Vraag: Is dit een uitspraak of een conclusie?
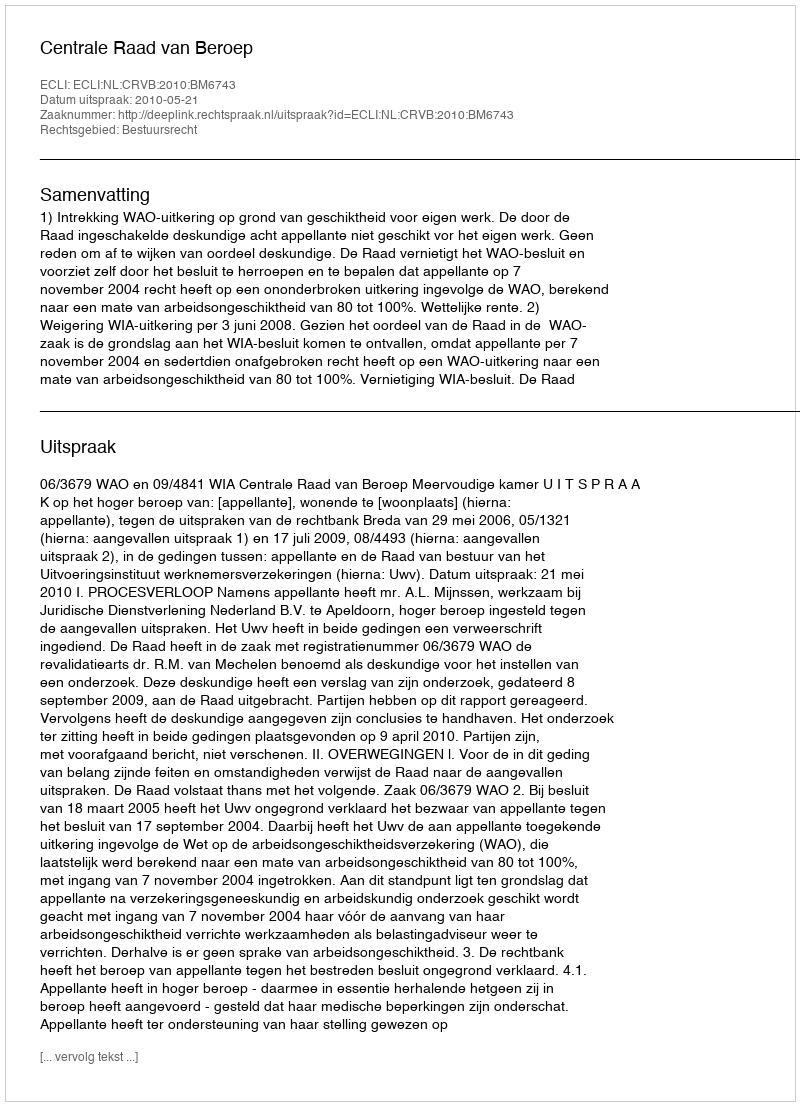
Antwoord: Uitspraak